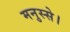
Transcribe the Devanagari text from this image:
मनुस्से।